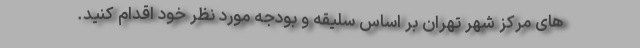
‌های مرکز شهر تهران بر اساس سلیقه و بودجه مورد نظر خود اقدام کنید.